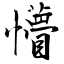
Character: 懵